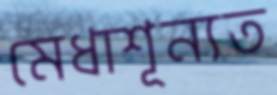
মেধাশূন্যত